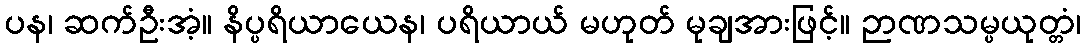
ပန၊ ဆက်ဦးအံ့။ နိပ္ပရိယာယေန၊ ပရိယာယ် မဟုတ် မုချအားဖြင့်။ ဉာဏသမ္ပယုတ္တံ၊